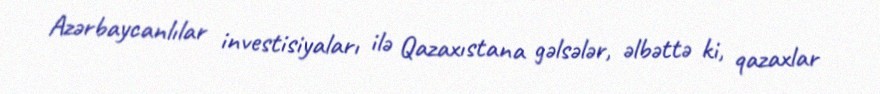
Azərbaycanlılar investisiyaları ilə Qazaxıstana gəlsələr, əlbəttə ki, qazaxlar